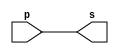
// -- PUC Minas - Instituto de Ciencias Exatas e Informatica
// -- Ciencia da Computacao - Professor Theldo Cruz
// Nome: ANA CRISTINA PEREIRA TEIXEIRA

// Exemplo0001 - buffer 

// ------------------------- 
// -- buffer 
// ------------------------- 
module buffer (output s, input p);
	assign s = p; // criar vinculo permanente
	// (dependencia) 
endmodule // buffer

// ------------------------- 
// -- test buffer 
// ------------------------- 
module testbuffer; 
	// ------------------------- dados locais 
	reg a; // definir registrador 
	// (variavel independente)
	wire s; // definir conexao (fio)
	// (variavel dependente )
	
	// ------------------------- instancia
	buffer BF1 (s, a);
	
	// ------------------------- preparacao
	initial begin:start
		a=0; // valor inicial
	end
	
	// ------------------------- parte principal
	initial begin:main
		// execucao unitaria
		$display("Exemplo 0001 - ANA CRISTINA - 427385");
		$display("Test buffer:");
		$display("\t time\ta = s");
		
		// execucao permanente
		$monitor("%d\t%b = %b", $time, a, s);
		
		// apos uma unidade de tempo
		// mudar valor do registrador para 0
		#1 a=1;
		
		// apos duas unidades de tempo
		// mudar valor do registrador para 1
		#2 a=0;
	end
endmodule // testbuffer

// -- Testes
// Exemplo 0001 - ANA CRISTINA - 427385
// Test buffer:
// 			time	a = s
//							0	0 = 0
//							1	1 = 1
//							3	0 = 0